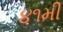
૪૧મી